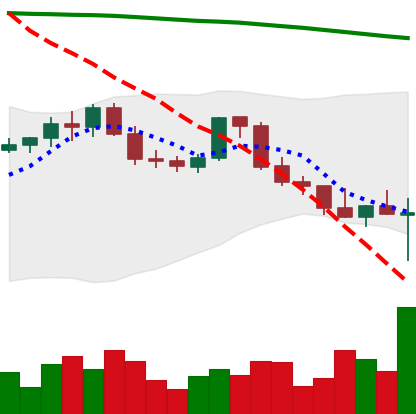
Ticker: ETH-USD
Chart end date: 2022-02-24
Forward return: 14.411%
Label: up_7plus